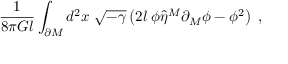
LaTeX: \frac { 1 } { 8 \pi G l } \int _ { \partial M } d ^ { 2 } x \; \sqrt { - \gamma } \left( 2 l \; \phi \hat { \eta } ^ { M } \partial _ { M } \phi - \phi ^ { 2 } \right) \; ,